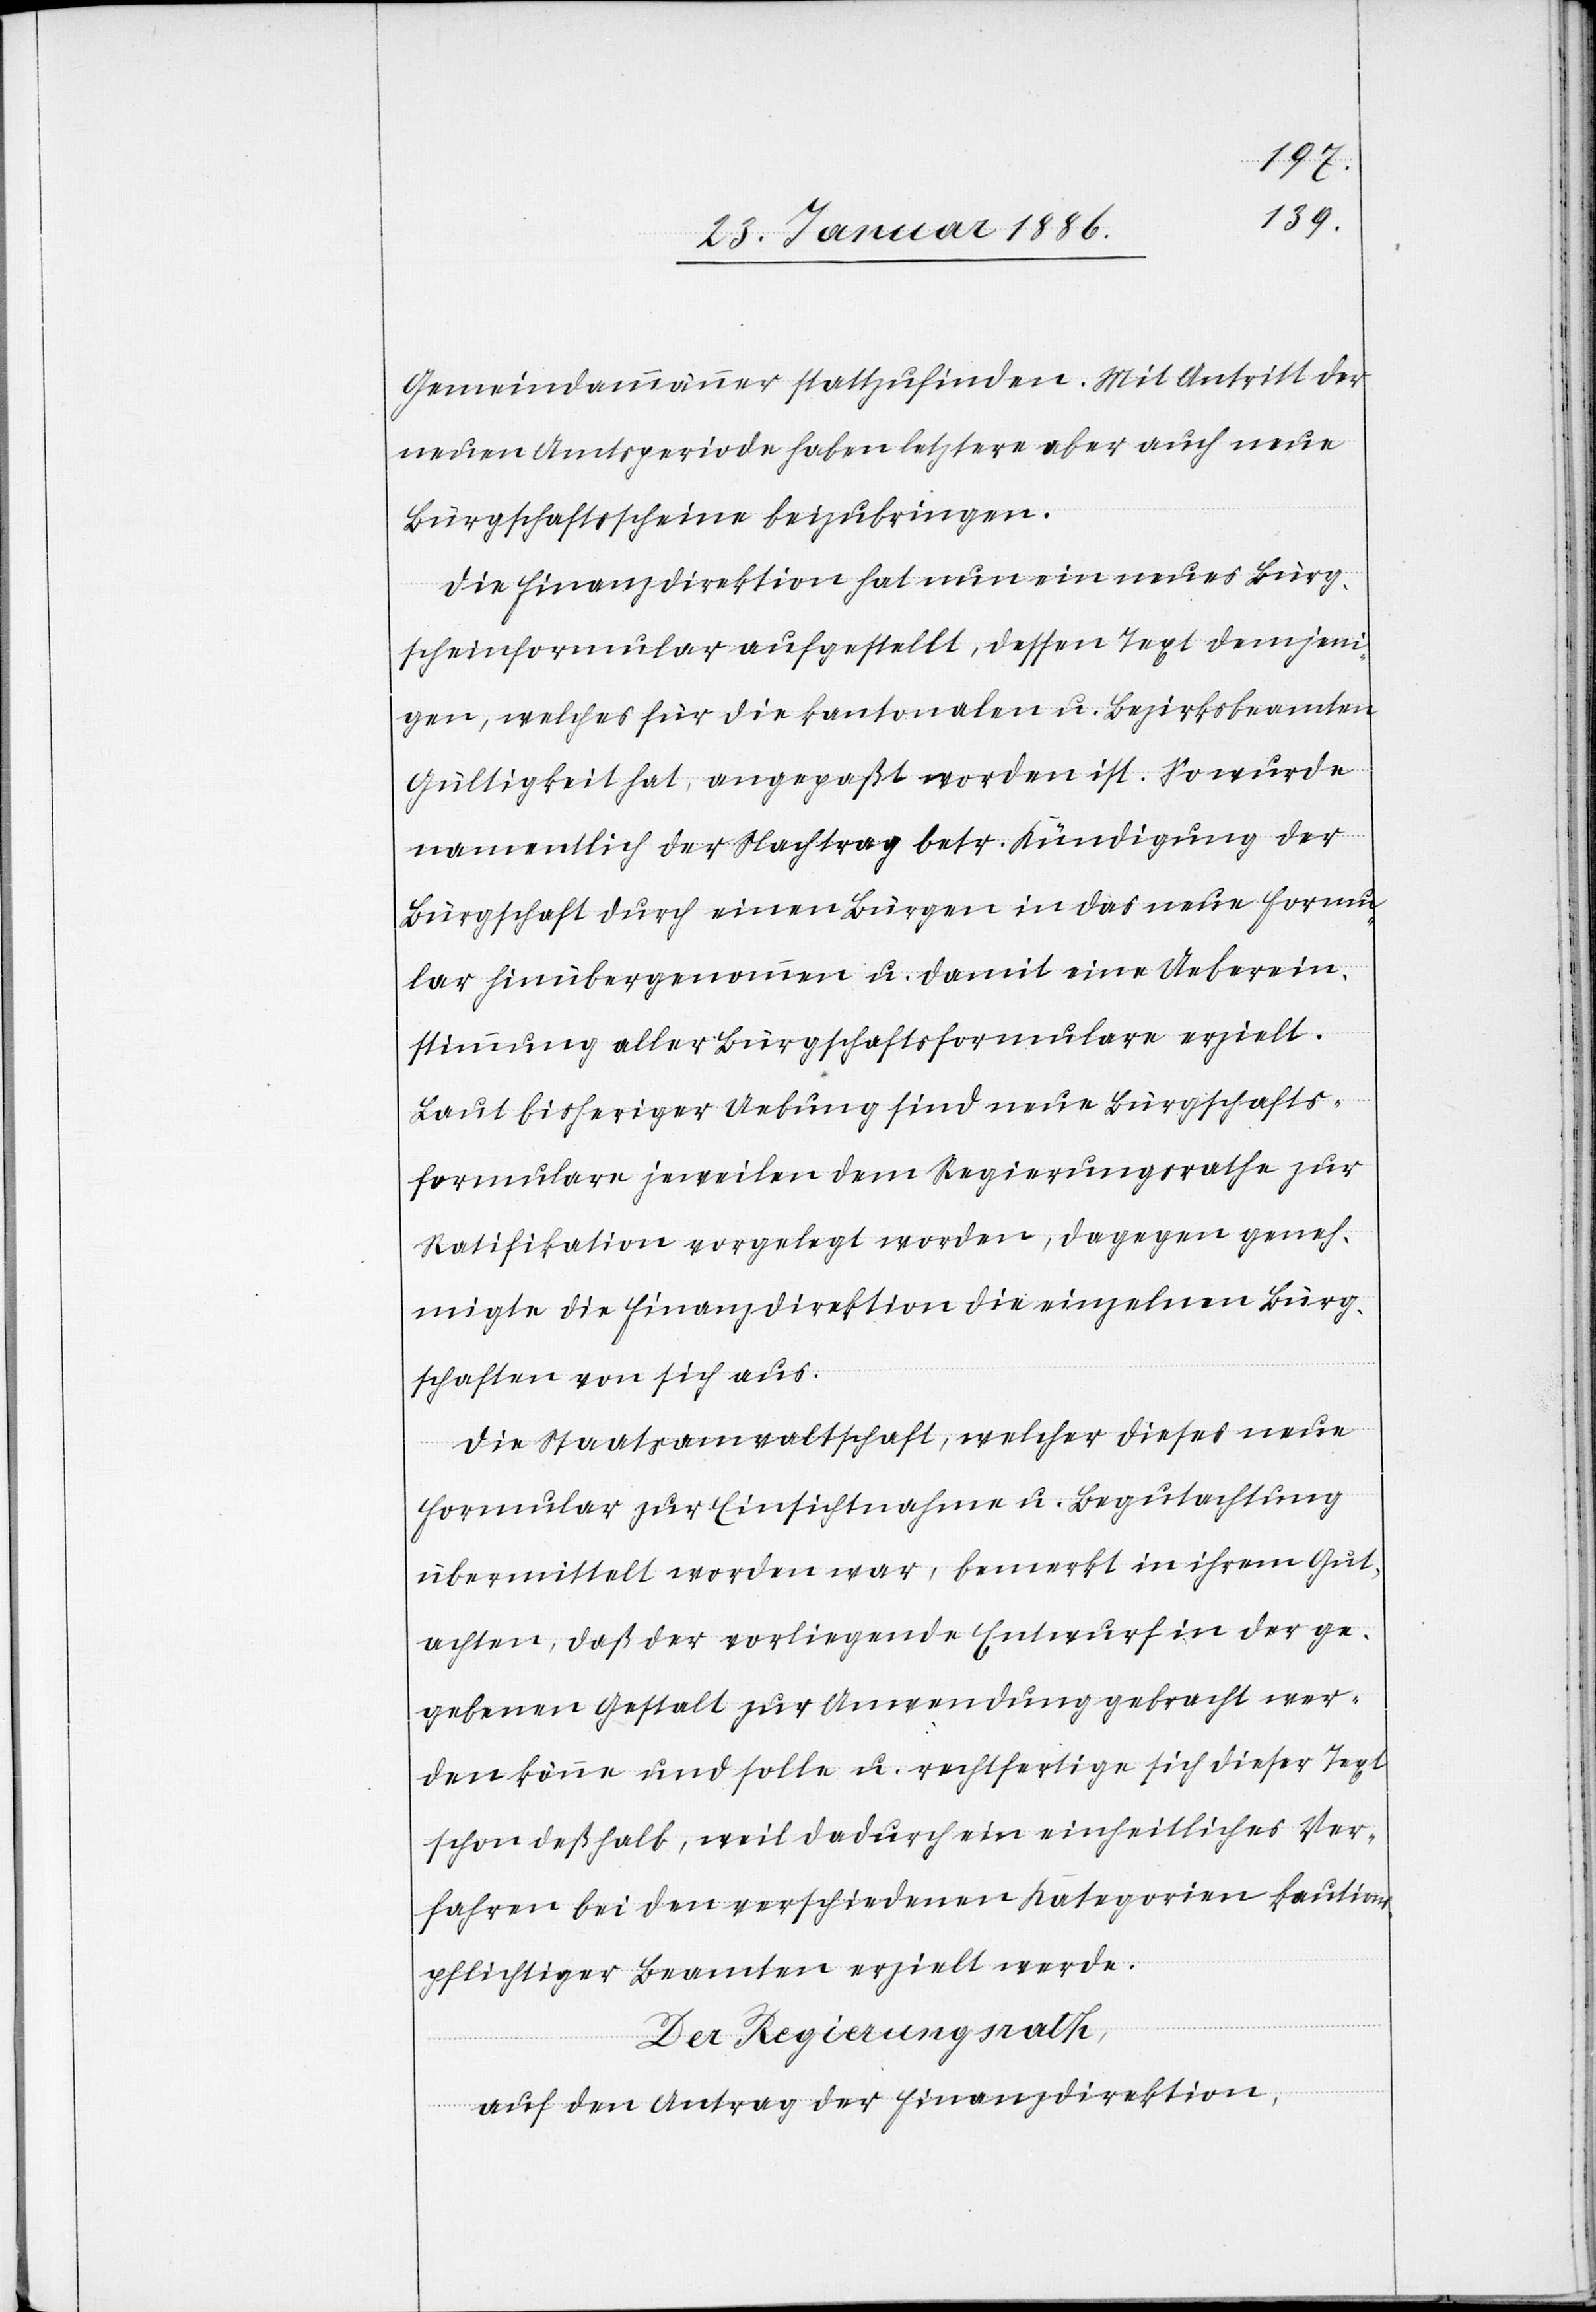
Gemeindeammänner stattgefunden. Mit Antritt der
neuen Amtsperiode haben letztere aber auch neue
Bürgschaftsscheine beizubringen.
Die Finanzdirektion hat nun ein neues Bürg¬
scheinformular aufgestellt, dessen Text demjeni¬
gen, welches für die kantonalen u. Bezirksbeamten
Gültigkeit hat, angepaßt worden ist. So wurde
namentlich der Nachtrag betr. Kündigung der
Bürgschaft durch einen Bürgen in das neue Formu¬
lar hinübergenommen u. damit eine Ueberein¬
stimmung aller Bürgschaftsformulare erzielt.
Laut bisheriger Uebung sind neue Bürgschafts¬
formulare jeweilen dem Regierungsrathe zur
Ratifikation vorgelegt worden, dagegen geneh¬
migte die Finanzdirektion die einzelnen Bürg¬
schaften von sich aus.
Die Staatsanwaltschaft, welcher dieses neue
Formular zur Einsichtnahme u. Begutachtung
übermittelt worden war, bemerkt in ihrem Gut¬
achten, daß der vorliegende Entwurf in der ge¬
gebenen Gestalt zur Anwendung gebracht wer¬
den könne und solle u. rechtfertigt sich dieser Text
schon deßhalb, weil dadurch ein einheitliches Ver¬
fahren bei den verschiedenen Kategorien kautions¬
pflichtiger Beamten erzielt werde.
Der Regierungsrath,
auf den Antrag der Finanzdirektion